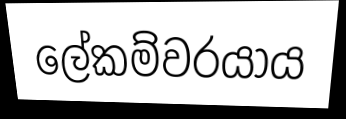
ලේකම්වරයාය